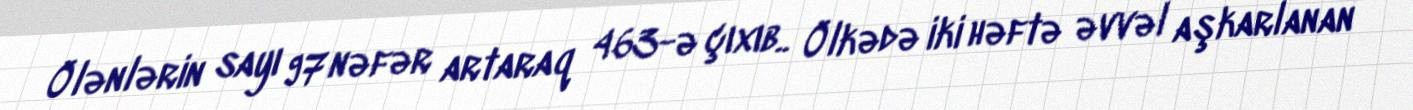
Ölənlərin sayı 97 nəfər artaraq 463-ə çıxıb.. Ölkədə iki həftə əvvəl aşkarlanan